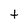
Character: t